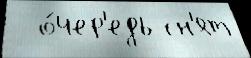
  о́чер'едь сн'ят